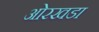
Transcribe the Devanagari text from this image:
ओरखडा